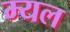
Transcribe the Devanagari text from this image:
म्यल